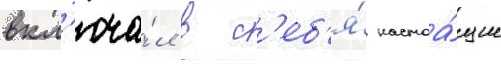
вкл'юча́л в с'еб'я́ настоа́щие